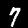
Label: 7